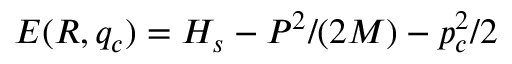
E ( R , q _ { c } ) = H _ { s } - P ^ { 2 } / ( 2 M ) - p _ { c } ^ { 2 } / 2